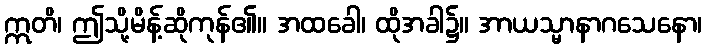
ဣတိ၊ ဤသို့မိန့်ဆိုကုန်၏။ အထခေါ၊ ထိုအခါ၌။ အာယသ္မာနာဂသေနော၊